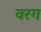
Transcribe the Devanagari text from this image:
वरग